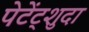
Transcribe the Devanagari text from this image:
पेटेंट्शुदा